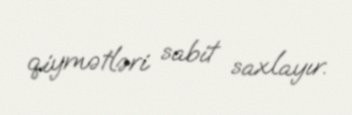
qiymətləri sabit saxlayır.